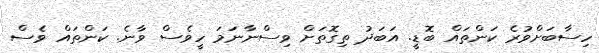
ހިސާބަށްވުރެ ކަންތައް ބޮޑީ. އަބަދު ތިގޮތަށް ވިސްނާނަމަ ހީވެސް ވާނެ. ކަންތައް ވެސް